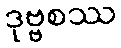
ဒုဗ္ဗစဿ